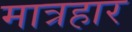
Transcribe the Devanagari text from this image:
मात्रहार